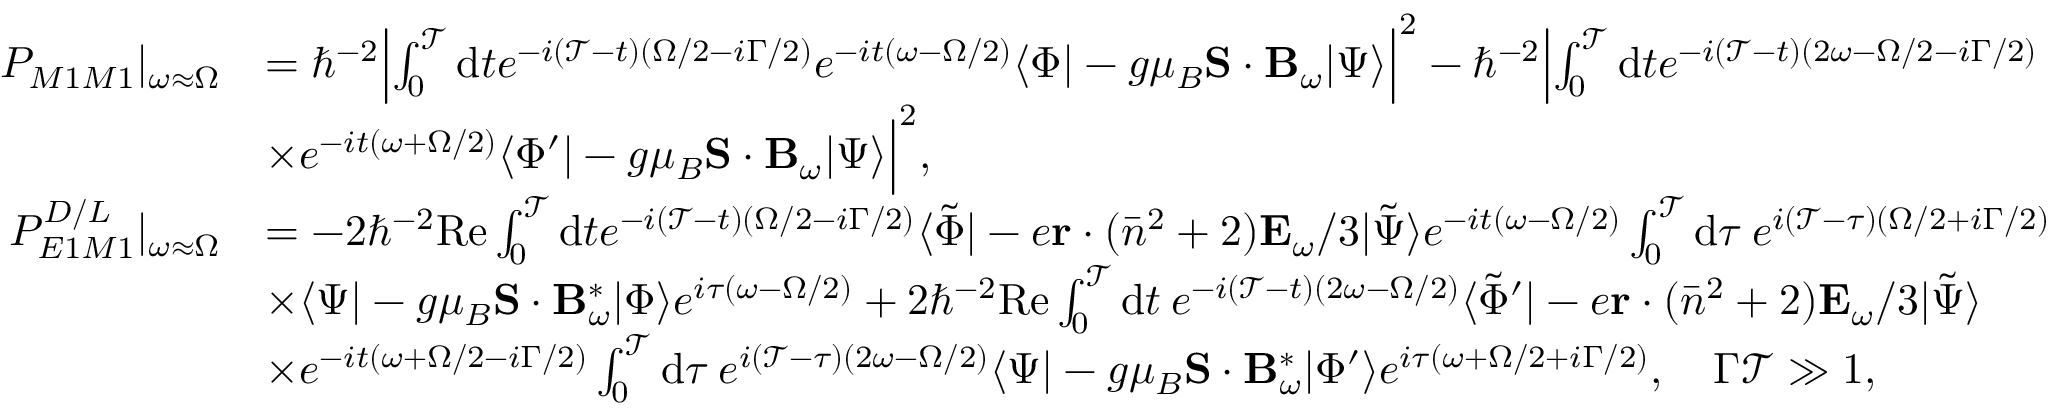
\begin{array} { r l } { P _ { M 1 M 1 } | _ { \omega \approx \Omega } } & { = \hbar ^ { - 2 } \Bigl | \int _ { 0 } ^ { \mathcal { T } } \mathrm { d } t e ^ { - i ( \mathcal { T } - t ) ( \Omega / 2 - i \Gamma / 2 ) } e ^ { - i t ( \omega - \Omega / 2 ) } \langle \Phi | - g \mu _ { B } \mathbf { S } \cdot \mathbf { B } _ { \omega } | \Psi \rangle \Bigr | ^ { 2 } - \hbar ^ { - 2 } \Bigl | \int _ { 0 } ^ { \mathcal { T } } \mathrm { d } t e ^ { - i ( \mathcal { T } - t ) ( 2 \omega - \Omega / 2 - i \Gamma / 2 ) } } \\ & { \times e ^ { - i t ( \omega + \Omega / 2 ) } \langle \Phi ^ { \prime } | - g \mu _ { B } \mathbf { S } \cdot \mathbf { B } _ { \omega } | \Psi \rangle \Bigr | ^ { 2 } , } \\ { P _ { E 1 M 1 } ^ { D / L } | _ { \omega \approx \Omega } } & { = - 2 \hbar ^ { - 2 } \mathrm { R e } \int _ { 0 } ^ { \mathcal { T } } \mathrm { d } t e ^ { - i ( \mathcal { T } - t ) ( \Omega / 2 - i \Gamma / 2 ) } \langle \tilde { \Phi } | - e \mathbf { r } \cdot ( \bar { n } ^ { 2 } + 2 ) \mathbf { E } _ { \omega } / 3 | \tilde { \Psi } \rangle e ^ { - i t ( \omega - \Omega / 2 ) } \int _ { 0 } ^ { \mathcal { T } } \mathrm { d } \tau \: e ^ { i ( \mathcal { T } - \tau ) ( \Omega / 2 + i \Gamma / 2 ) } } \\ & { \times \langle \Psi | - g \mu _ { B } \mathbf { S } \cdot \mathbf { B } _ { \omega } ^ { \ast } | \Phi \rangle e ^ { i \tau ( \omega - \Omega / 2 ) } + 2 \hbar ^ { - 2 } \mathrm { R e } \int _ { 0 } ^ { \mathcal { T } } \mathrm { d } t \: e ^ { - i ( \mathcal { T } - t ) ( 2 \omega - \Omega / 2 ) } \langle \tilde { \Phi } ^ { \prime } | - e \mathbf { r } \cdot ( \bar { n } ^ { 2 } + 2 ) \mathbf { E } _ { \omega } / 3 | \tilde { \Psi } \rangle } \\ & { \times e ^ { - i t ( \omega + \Omega / 2 - i \Gamma / 2 ) } \int _ { 0 } ^ { \mathcal { T } } \mathrm { d } \tau \: e ^ { i ( \mathcal { T } - \tau ) ( 2 \omega - \Omega / 2 ) } \langle \Psi | - g \mu _ { B } \mathbf { S } \cdot \mathbf { B } _ { \omega } ^ { \ast } | \Phi ^ { \prime } \rangle e ^ { i \tau ( \omega + \Omega / 2 + i \Gamma / 2 ) } , \quad \Gamma \mathcal { T } \gg 1 , } \end{array}